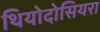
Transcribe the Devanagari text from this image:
थियोदोसियरा